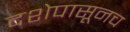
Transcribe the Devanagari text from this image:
दशेपासूनच